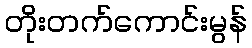
တိုးတက်ကောင်းမွန်